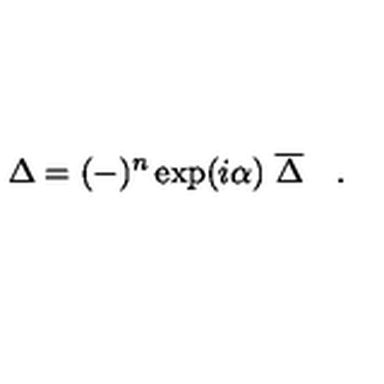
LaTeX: \Delta = ( - ) ^ { n } \exp ( i \alpha ) \ { \overline { { \Delta } } } \quad .